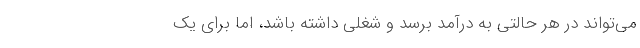
می‌تواند در هر حالتی به درآمد برسد و شغلی داشته باشد، اما برای یک